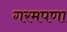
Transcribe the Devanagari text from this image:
गरमपणा